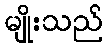
မျိုးသည်